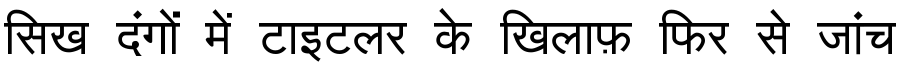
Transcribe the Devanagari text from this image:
सिख दंगों में टाइटलर के खिलाफ़ फिर से जांच